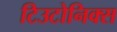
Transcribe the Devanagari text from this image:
टिउटोनिक्स